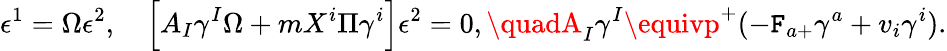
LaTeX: \epsilon^{1}=\Omega\epsilon^{2},\quad\Big[A_{I}\gamma^{I}\Omega+mX^{i}\Pi\gamma^{i}\Big]\epsilon^{2}=0,\quadA_{I}\gamma^{I}\equivp^{+}(-\mathtt{F}_{a+}\gamma^{a}+v_{i}\gamma^{i}).